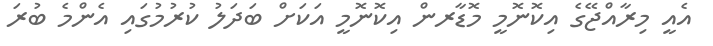
އެއީ މިރާއްޖޭގެ އިކޮނޮމީ މޮޑާރން އިކޮނޮމީ އަކަށް ބަދަލު ކުރުމުގައި އެންމެ ބުރަ